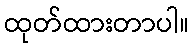
ထုတ်ထားတာပါ။